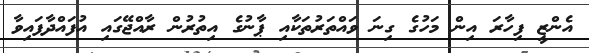
އެންޒީ ފިހާރަ އިން މަހުގެ ގިނަ ވައްތަރުތަކާއި ޕާނުގެ އިތުރުން ރާއްޖޭގައި އުފައްދާފައިވާ